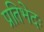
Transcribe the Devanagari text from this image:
प्रतिभेदः